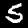
Digit: 5